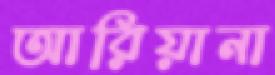
আরিয়ানা